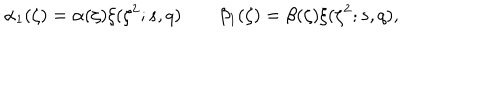
LaTeX: \alpha _ { 1 } ( \zeta ) = \alpha ( \zeta ) \xi ( \zeta ^ { 2 } ; s , q ) \qquad \beta _ { 1 } ( \zeta ) = \beta ( \zeta ) \xi ( \zeta ^ { 2 } ; s , q ) ,